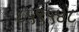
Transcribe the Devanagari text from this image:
८५९५४८